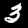
Label: 3